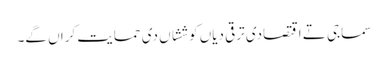
سماجی تے اقتصادی ترقی دیاں کوششاں دی حمایت کراں گے۔